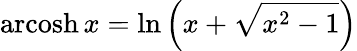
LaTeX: \operatorname{arcosh}x=\ln\left(x+{\sqrt{x^{2}-1}}\right)